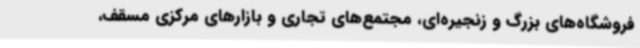
فروشگاه‌های بزرگ و زنجیره‌ای، مجتمع‌های تجاری و بازارهای مرکزی مسقف،